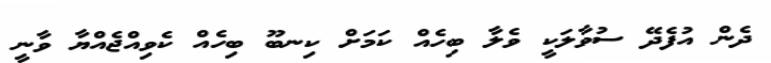
ދެން އުފެދޭ ސުވާލަކީ ވެލާ ބިހެއް ކަމަށް ކިނބޫ ބިހެއް ކެވިއްޖެއްޔާ ވާނީ